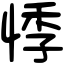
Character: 悸